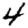
Digit: 4